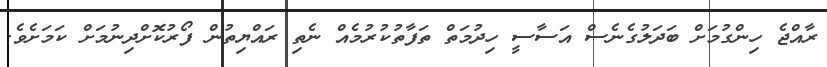
ރާއްޖެ ހިންގުމަށް ބަދަލުގެނެސް އަސާސީ ހިދުމަތް ތަފާތުކުރުމެއް ނެތި ރައްޔިތުން ފޯރުކޮށްދިނުމަށް ކަމަށެވެ.